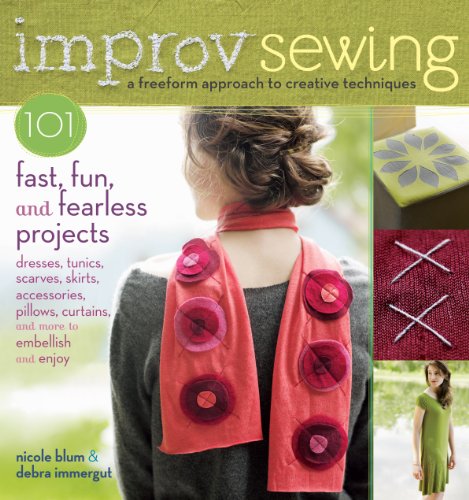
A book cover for Improv Sewing: A Freeform Approach to Creative Techniques; 101 Fast, Fun, and Fearless Projects: Dresses, Tunics, Scarves, Skirts, Accessories, Pillows, Curtains, and More; Nicole Blum; Crafts, Hobbies & Home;